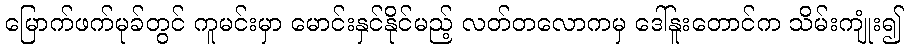
မြောက်ဖက်မုခ်တွင် ကူမင်းမှာ မောင်းနှင်နိုင်မည့် လတ်တလောကမှ ဒေါ်နူးတောင်က သိမ်းကျုံး၍